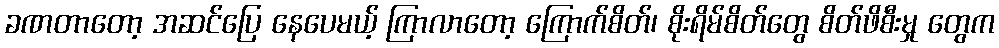
ခဏတာတော့ အဆင်ပြေ နေပေမယ့် ကြာလာတော့ ကြောက်စိတ်၊ စိုးရိမ်စိတ်တွေ စိတ်ဖိစီးမှု တွေက